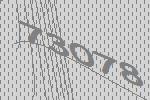
73078